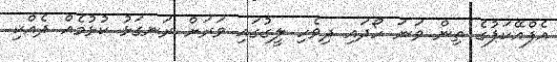
އެފްއޭކަޕުގެ ތިން ވަނަ ހޯދައި ދިވެހި ލީގުގައި ވަރަށް ރަނގަޅު ކުޅުމެއް ދެއްކި